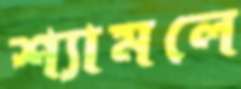
শ্যামলে